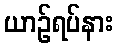
ယာဉ်ရပ်နား